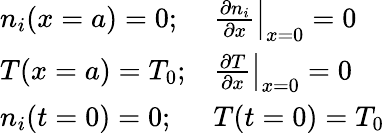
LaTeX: \begin{array}{ll}{n_{i}(x=a)=0;}&{\left.\frac{\partial n_{i}}{\partial x}\right|_{x=0}=0}\\ {T(x=a)=T_{0};}&{\left.\frac{\partial T}{\partial x}\right|_{x=0}=0}\\ {n_{i}(t=0)=0;}&{T(t=0)=T_{0}}\end{array}